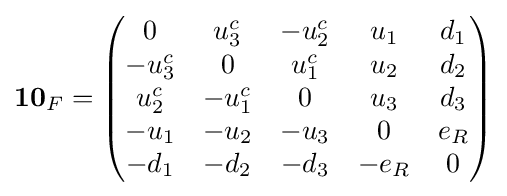
\mathbf {10} _{F}={\begin{pmatrix}0&u_{3}^{c}&-u_{2}^{c}&u_{1}&d_{1}\\-u_{3}^{c}&0&u_{1}^{c}&u_{2}&d_{2}\\u_{2}^{c}&-u_{1}^{c}&0&u_{3}&d_{3}\\-u_{1}&-u_{2}&-u_{3}&0&e_{R}\\-d_{1}&-d_{2}&-d_{3}&-e_{R}&0\end{pmatrix}}